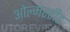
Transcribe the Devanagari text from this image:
ओल्मस्टीड